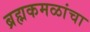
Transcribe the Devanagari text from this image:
ब्रह्मकमळांचा